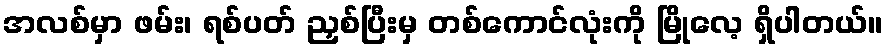
အလစ်မှာ ဖမ်း၊ ရစ်ပတ် ညှစ်ပြီးမှ တစ်ကောင်လုံးကို မြိုလေ့ ရှိပါတယ်။